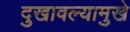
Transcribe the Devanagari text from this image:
दुखावल्यामुखे